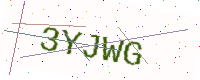
Text: 3YJWG